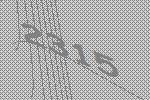
2315